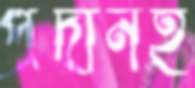
প্রদানই